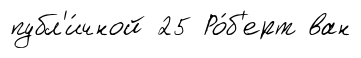
публ'и́чной 25 Ро́б'ерт ван